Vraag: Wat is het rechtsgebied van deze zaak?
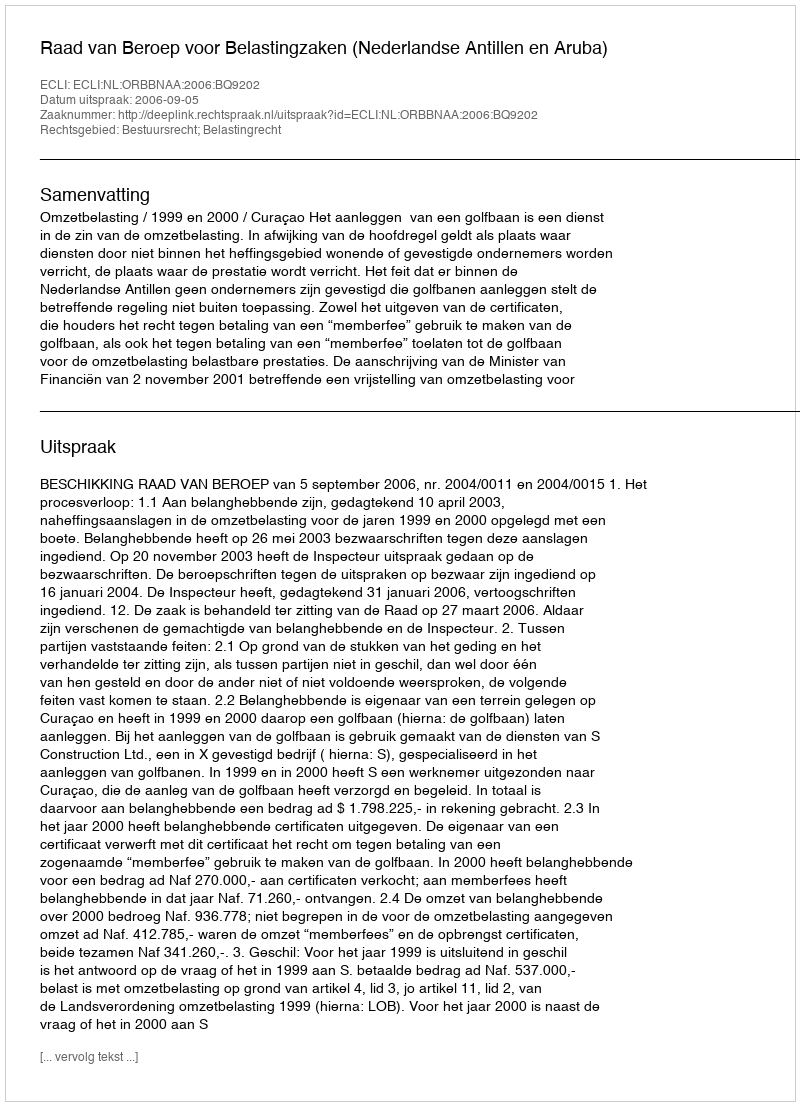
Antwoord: Bestuursrecht; Belastingrecht